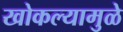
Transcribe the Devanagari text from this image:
खोकल्यामुळे